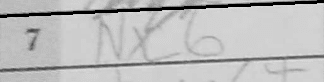
Transcription: Nxc6